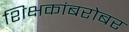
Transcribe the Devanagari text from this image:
शिक्षकांबरोबर